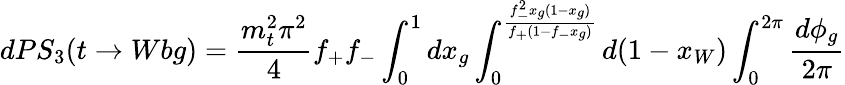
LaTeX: dPS_{3}(t\rightarrow Wbg)={\frac{m_{t}^{2}\pi^{2}}{4}}f_{+}f_{-}\int_{0}^{1}dx_{g}\int_{0}^{{\frac{f_{-}^{2}x_{g}(1-x_{g})}{f_{+}(1-f_{-}x_{g})}}}d(1-x_{W})\int_{0}^{2\pi}{\frac{d\phi_{g}}{2\pi}}